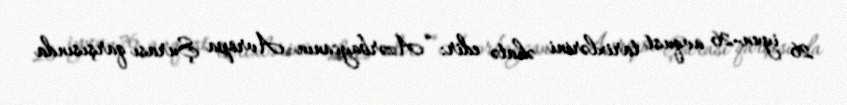
26 iyun-26 avqust tarixlərini əhatə edir: “Azərbaycanın Avropa Şurası qarşısında